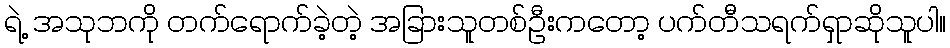
ရဲ့ အသုဘကို တက်ရောက်ခဲ့တဲ့ အခြားသူတစ်ဦးကတော့ ပက်တီသရက်ရှာဆိုသူပါ။